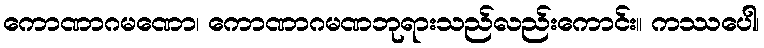
ကောဏာဂမဏော၊ ကောဏာဂမဏဘုရားသည်လည်းကောင်း။ ကဿပေါ၊